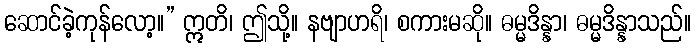
ဆောင်ခဲ့ကုန်လော့။” ဣတိ၊ ဤသို့။ နဗျာဟရိ၊ စကားမဆို။ ဓမ္မဒိန္နာ၊ ဓမ္မဒိန္နာသည်။